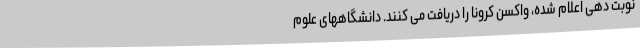
نوبت دهی اعلام شده، واکسن کرونا را دریافت می کنند. دانشگاههای علوم